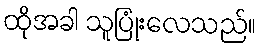
ထိုအခါ သူပြုံးလေသည်။